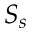
S _ { s }